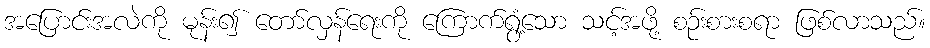
အပြောင်းအလဲကို မုန်း၍ တော်လှန်ရေးကို ကြောက်ရွံ့သော သင့်အဖို့ စဉ်းစားစရာ ဖြစ်လာသည်။